Annual administration report of the Civil Veterinary Department of India - 1897-1898
Year: 1897
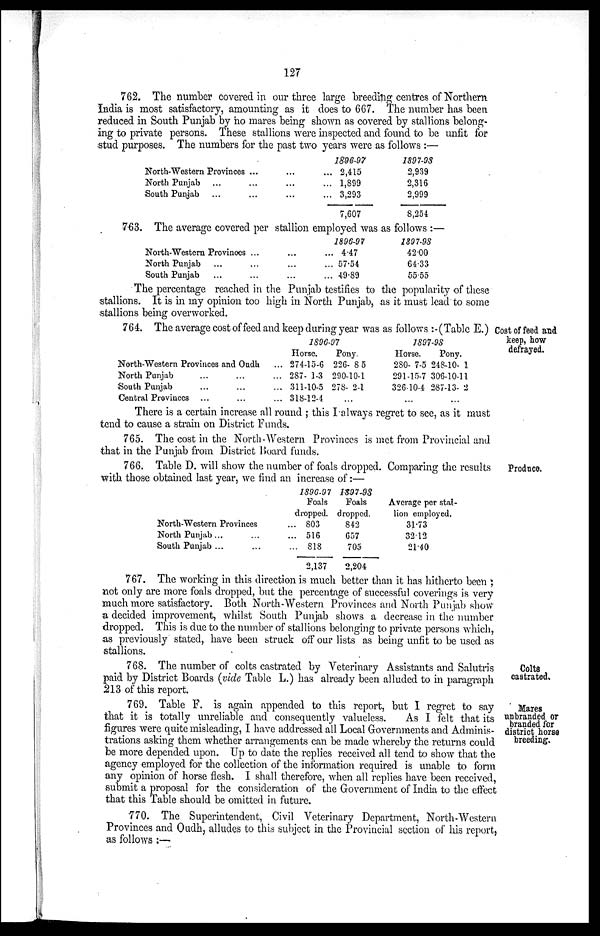
127
762. The number covered in our three large breeding centres of Northern
India is most satisfactory, amounting as it does to 667. The number has been
reduced in South Punjab by ho mares being shown as covered by stallions belong-
ing to private persons. These stallions were inspected and found to be unfit for
:stud purposes. The numbers for the past two years were as follows :—
North-Western Provinces
North Punjab ...
South Punjab ...
...
...
...
...
...
...
...
...
...
1896-97
2,415
1,899
3,293
7,607
1897-98
2,939
2,316
2,999
8,254
763. The average covered per stallion employed was as follows :—
North-Western Provinces
North Punjab ...
South Punjab ...
...
...
...
...
...
...
...
...
...
1896-97
4.47
57.54
49.89
1897-98
42.00
64.33
55.55
The percentage reached in the Punjab testifies to the popularity of these
stallions. It is in my opinion too high in North Punjab, as it must lead to some
stallions being overworked.
Cost of feed and
keep, how
defrayed.
764. The average cost of feed and keep during year was as follows :-(Table E.)
North-Western Provinces and Oudh
North Punjab
•South Punjab
Central Provinces
...
...
...
...
...
...
1896-97
Horse.
... 274-15-6
... 287- 1-3
... 311-10-5
... 318-12-4
Pony.
226- 8 5
290-10-1
278- 2-1
...
1897-98
Horse.
280- 7-5
291-15-7
326-10-4
...
Pony.
248-10- 1
306-10-11
267-13- 2
...
There is a certain increase all round; this I always regret to see, as it must
tend to cause a strain on District Funds.
765. The cost in the North-Western Provinces is met from Provincial and
that in the Punjab from District Board funds.
Produce.
766. Table D. will show the number of foals dropped. Comparing the results
with those obtained last year, we find an increase of:—
d
North-Western Provinces
North Punjab ...
South Punjab ...
...
...
...
...
...
1896-97
Foals
ropped.
803
516
818
2,137
1897-98
Foals
dropped.
842
657
705
2,204
Average per stal-
lion employed.
31.73
3212
21.40
767. The working in this direction is much better than it has hitherto been;
not only are more foals dropped, but the percentage of successful coverings is very
much more satisfactory. Both North-Western Provinces and North Punjab show
a decided improvement, whilst South Punjab shows a decrease in the number
dropped. This is due to the number of stallions belonging to private persons which,
as previously stated, have been struck off our lists as being unfit to be used as
stallions.
Colts
castrated.
768. The number of colts castrated by Veterinary Assistants and Salutris
paid by District Boards (vide Table L.) has already been alluded to in paragraph
213 of this report.
Maxes
unbranded or
branded for
district horse
breeding.
769. Table F. is again appended to this report, but I regret to say
that it is totally unreliable and consequently valueless.
As I felt that its
figures were quite misleading, I have addressed all Local Governments and Adminis-
trations asking them whether arrangements can be made whereby the returns could
be more depended upon. Up to date the replies received all tend to show that the
agency employed for the collection of the information required is unable to form
any opinion of horse flesh. I shall therefore, when all replies have been received,
submit a proposal for the consideration of the Government of India to the effect
that this Table should be omitted in future.
770. The Superintendent, Civil Veterinary Department, North-Western
Provinces and Oudh, alludes to this subject in the Provincial section of his report,
as follows :—